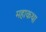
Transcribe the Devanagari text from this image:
महाकथा